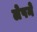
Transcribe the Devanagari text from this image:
लेपने